Scottish Education Department, 1929
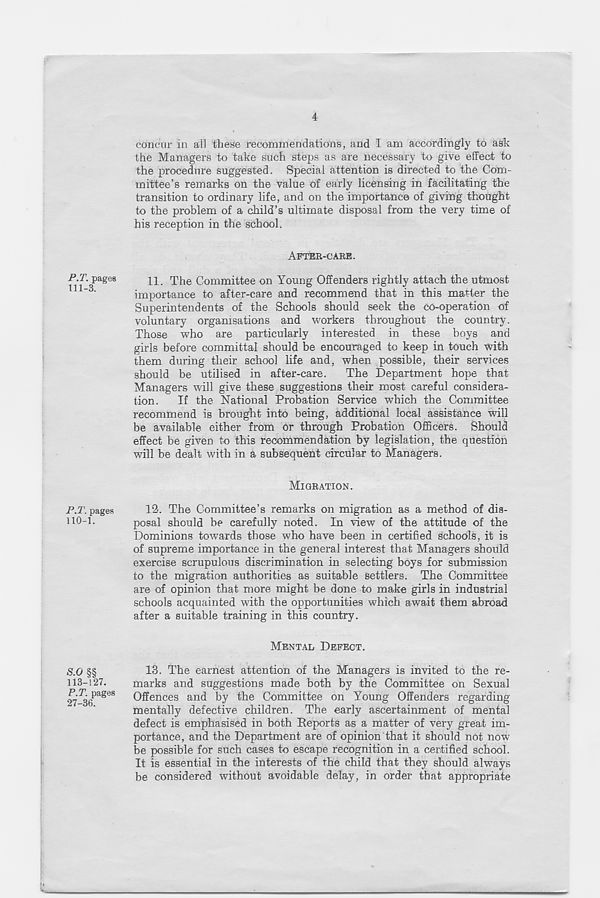
4
P.T. pages
111-3.
P.T. pages
110-1.
S.o §§
113-127.
P.T. pages
27-36.
concur in all these recommendations, and I am accordingly to ask
the Managers to take such steps as are necessary to give effect to
the procedure suggested. Special attention is directed to the Com-
mittee’s remarks on the value of early licensing in facilitating the
transition to ordinary life, and on the importance of giving thought
to the problem of a child’s ultimate disposal from the very time of
his reception in the school.
AFTER-CABE.
11. The Committee on Young Offenders rightly attach the utmost
importance to after-care and recommend that in this matter the
Superintendents of the Schools should seek the co-operation of
voluntary organisations and workers throughout the country.
Those who are particularly interested in these boys and
girls before committal should be encouraged to keep in touch with
them during their school life and, when possible, their services
should be utilised in after-care. The Department hope that
Managers will give these suggestions their most careful considera-
tion. If the National Probation Service which the Committee
recommend is brought into being, additional local assistance will
be available either from or through Probation Officers. Should
effect be given to this recommendation by legislation, the question
will be dealt with in a subsequent circular to Managers.
MIGRATION.
12. The Committee’s remarks on migration as a method of dis-
posal should be carefully noted. In view of the attitude of the
Dominions towards those who have been in certified schools, it is
of supreme importance in the general interest that Managers should
exercise scrupulous discrimination in selecting boys for submission
to the migration authorities as suitable settlers. The Committee
are of opinion that more might be done to make girls in industrial
schools acquainted with the opportunities which await them abroad
after a suitable training in this country.
MENTAL DEFECT.
13. The earnest attention of the Managers is invited to the re-
marks and suggestions made both by the Committee on Sexual
Offences and by the Committee on Young Offenders regarding
mentally defective children. The early ascertainment of mental
defect is emphasised in both Reports as a matter of very great im-
portance, and the Department are of opinion that it should not now
be possible for such cases to escape recognition in a certified school.
It is essential in the interests of the child that they should always
be considered without avoidable delay, in order that appropriate